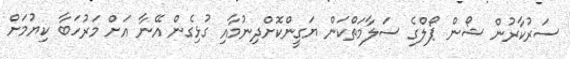
ސަރުކާރުން ޝޯން ޕޯލްގެ ސަލާމަތްކަން ޔަގީންކޮށްދިނުމާއި ގުޅިގެން އޭނާ އަށް މަރުހަބާ ކިޔުމަށް